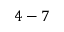
4 - 7